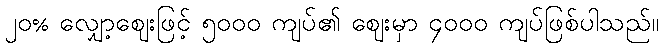
၂၀% လျှော့ဈေးဖြင့် ၅၀၀၀ ကျပ်၏ ဈေးမှာ ၄၀၀၀ ကျပ်ဖြစ်ပါသည်။